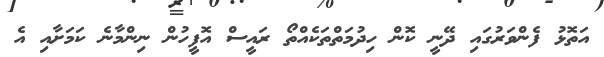
އަތޮޅު ފެންވަރުގައި ދޭނީ ކޮން ހިދުމަތްތަކެއްތޯ ރައީސް އޮފީހުން ނިންމާނެ ކަމަށާއި އެ